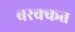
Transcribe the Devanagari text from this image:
बरक्कत